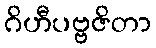
ဂိဟီပဗ္ဗဇိတာ